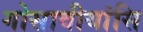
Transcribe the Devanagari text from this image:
गोसावीयांसि